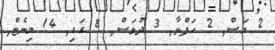
2 މަސް